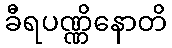
ခီရပဏ္ဏိနောတိ